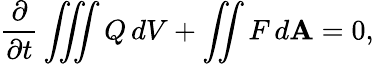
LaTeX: {\frac{\partial}{\partial t}}\iiint Q\, dV+\iint F\, d\mathbf{A}=0,